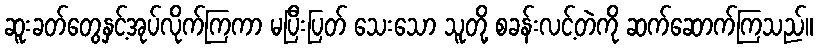
ဆူးခတ်တွေနှင့်အုပ်လိုက်ကြကာ မပြီးပြတ် သေးသော သူတို့ စခန်းလင့်တဲကို ဆက်ဆောက်ကြသည်။